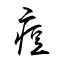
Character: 痘